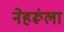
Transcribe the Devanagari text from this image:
नेहरूंला